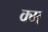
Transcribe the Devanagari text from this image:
क्म